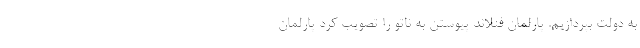
به دولت بپردازیم. پارلمان فنلاند پیوستن به ناتو را تصویب کرد پارلمان